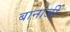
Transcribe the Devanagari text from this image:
बानार्जी